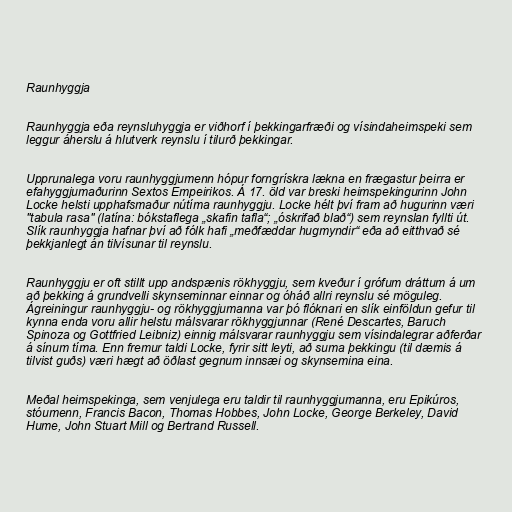
Raunhyggja

Raunhyggja eða reynsluhyggja er viðhorf í þekkingarfræði og vísindaheimspeki sem
leggur áherslu á hlutverk reynslu í tilurð þekkingar.

Upprunalega voru raunhyggjumenn hópur forngrískra lækna en frægastur þeirra er
efahyggjumaðurinn Sextos Empeirikos. Á 17. öld var breski heimspekingurinn John
Locke helsti upphafsmaður nútíma raunhyggju. Locke hélt því fram að hugurinn væri
"tabula rasa" (latína: bókstaflega „skafin tafla“; „óskrifað blað“) sem reynslan fyllti út.
Slík raunhyggja hafnar því að fólk hafi „meðfæddar hugmyndir“ eða að eitthvað sé
þekkjanlegt án tilvísunar til reynslu.

Raunhyggju er oft stillt upp andspænis rökhyggju, sem kveður í grófum dráttum á um
að þekking á grundvelli skynseminnar einnar og óháð allri reynslu sé möguleg.
Ágreiningur raunhyggju- og rökhyggjumanna var þó flóknari en slík einföldun gefur til
kynna enda voru allir helstu málsvarar rökhyggjunnar (René Descartes, Baruch
Spinoza og Gottfried Leibniz) einnig málsvarar raunhyggju sem vísindalegrar aðferðar
á sínum tíma. Enn fremur taldi Locke, fyrir sitt leyti, að suma þekkingu (til dæmis á
tilvist guðs) væri hægt að öðlast gegnum innsæi og skynsemina eina.

Meðal heimspekinga, sem venjulega eru taldir til raunhyggjumanna, eru Epikúros,
stóumenn, Francis Bacon, Thomas Hobbes, John Locke, George Berkeley, David
Hume, John Stuart Mill og Bertrand Russell.